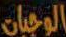
الوجبات